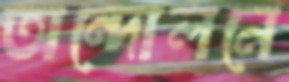
অন্দোলনে